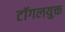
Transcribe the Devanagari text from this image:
टॉगलयुक्त